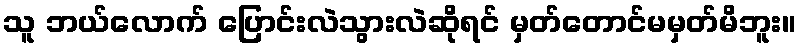
သူ ဘယ်လောက် ပြောင်းလဲသွားလဲဆိုရင် မှတ်တောင်မမှတ်မိဘူး။